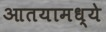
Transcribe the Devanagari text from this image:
आतयामध्ये